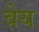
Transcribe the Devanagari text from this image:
वेय